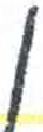
אות: נ